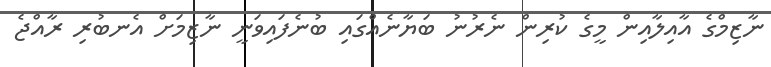
ނާޒިމްގެ އާއިލާއިން މީގެ ކުރިން ނެރުނު ބަޔާނެއްގައި ބުނެފައިވަނީ ނާޒިމަށް އެނބުރި ރާއްޖެ